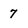
Character: 7